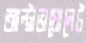
আল্ট্রাভায়োলেট